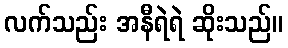
လက်သည်း အနီရဲရဲ ဆိုးသည်။